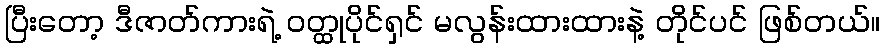
ပြီးတော့ ဒီဇာတ်ကားရဲ့ ဝတ္ထုပိုင်ရှင် မလွန်းထားထားနဲ့ တိုင်ပင် ဖြစ်တယ်။